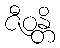
ဇီဝန္တိ